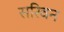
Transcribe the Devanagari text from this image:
सरिवन